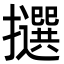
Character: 𢸷